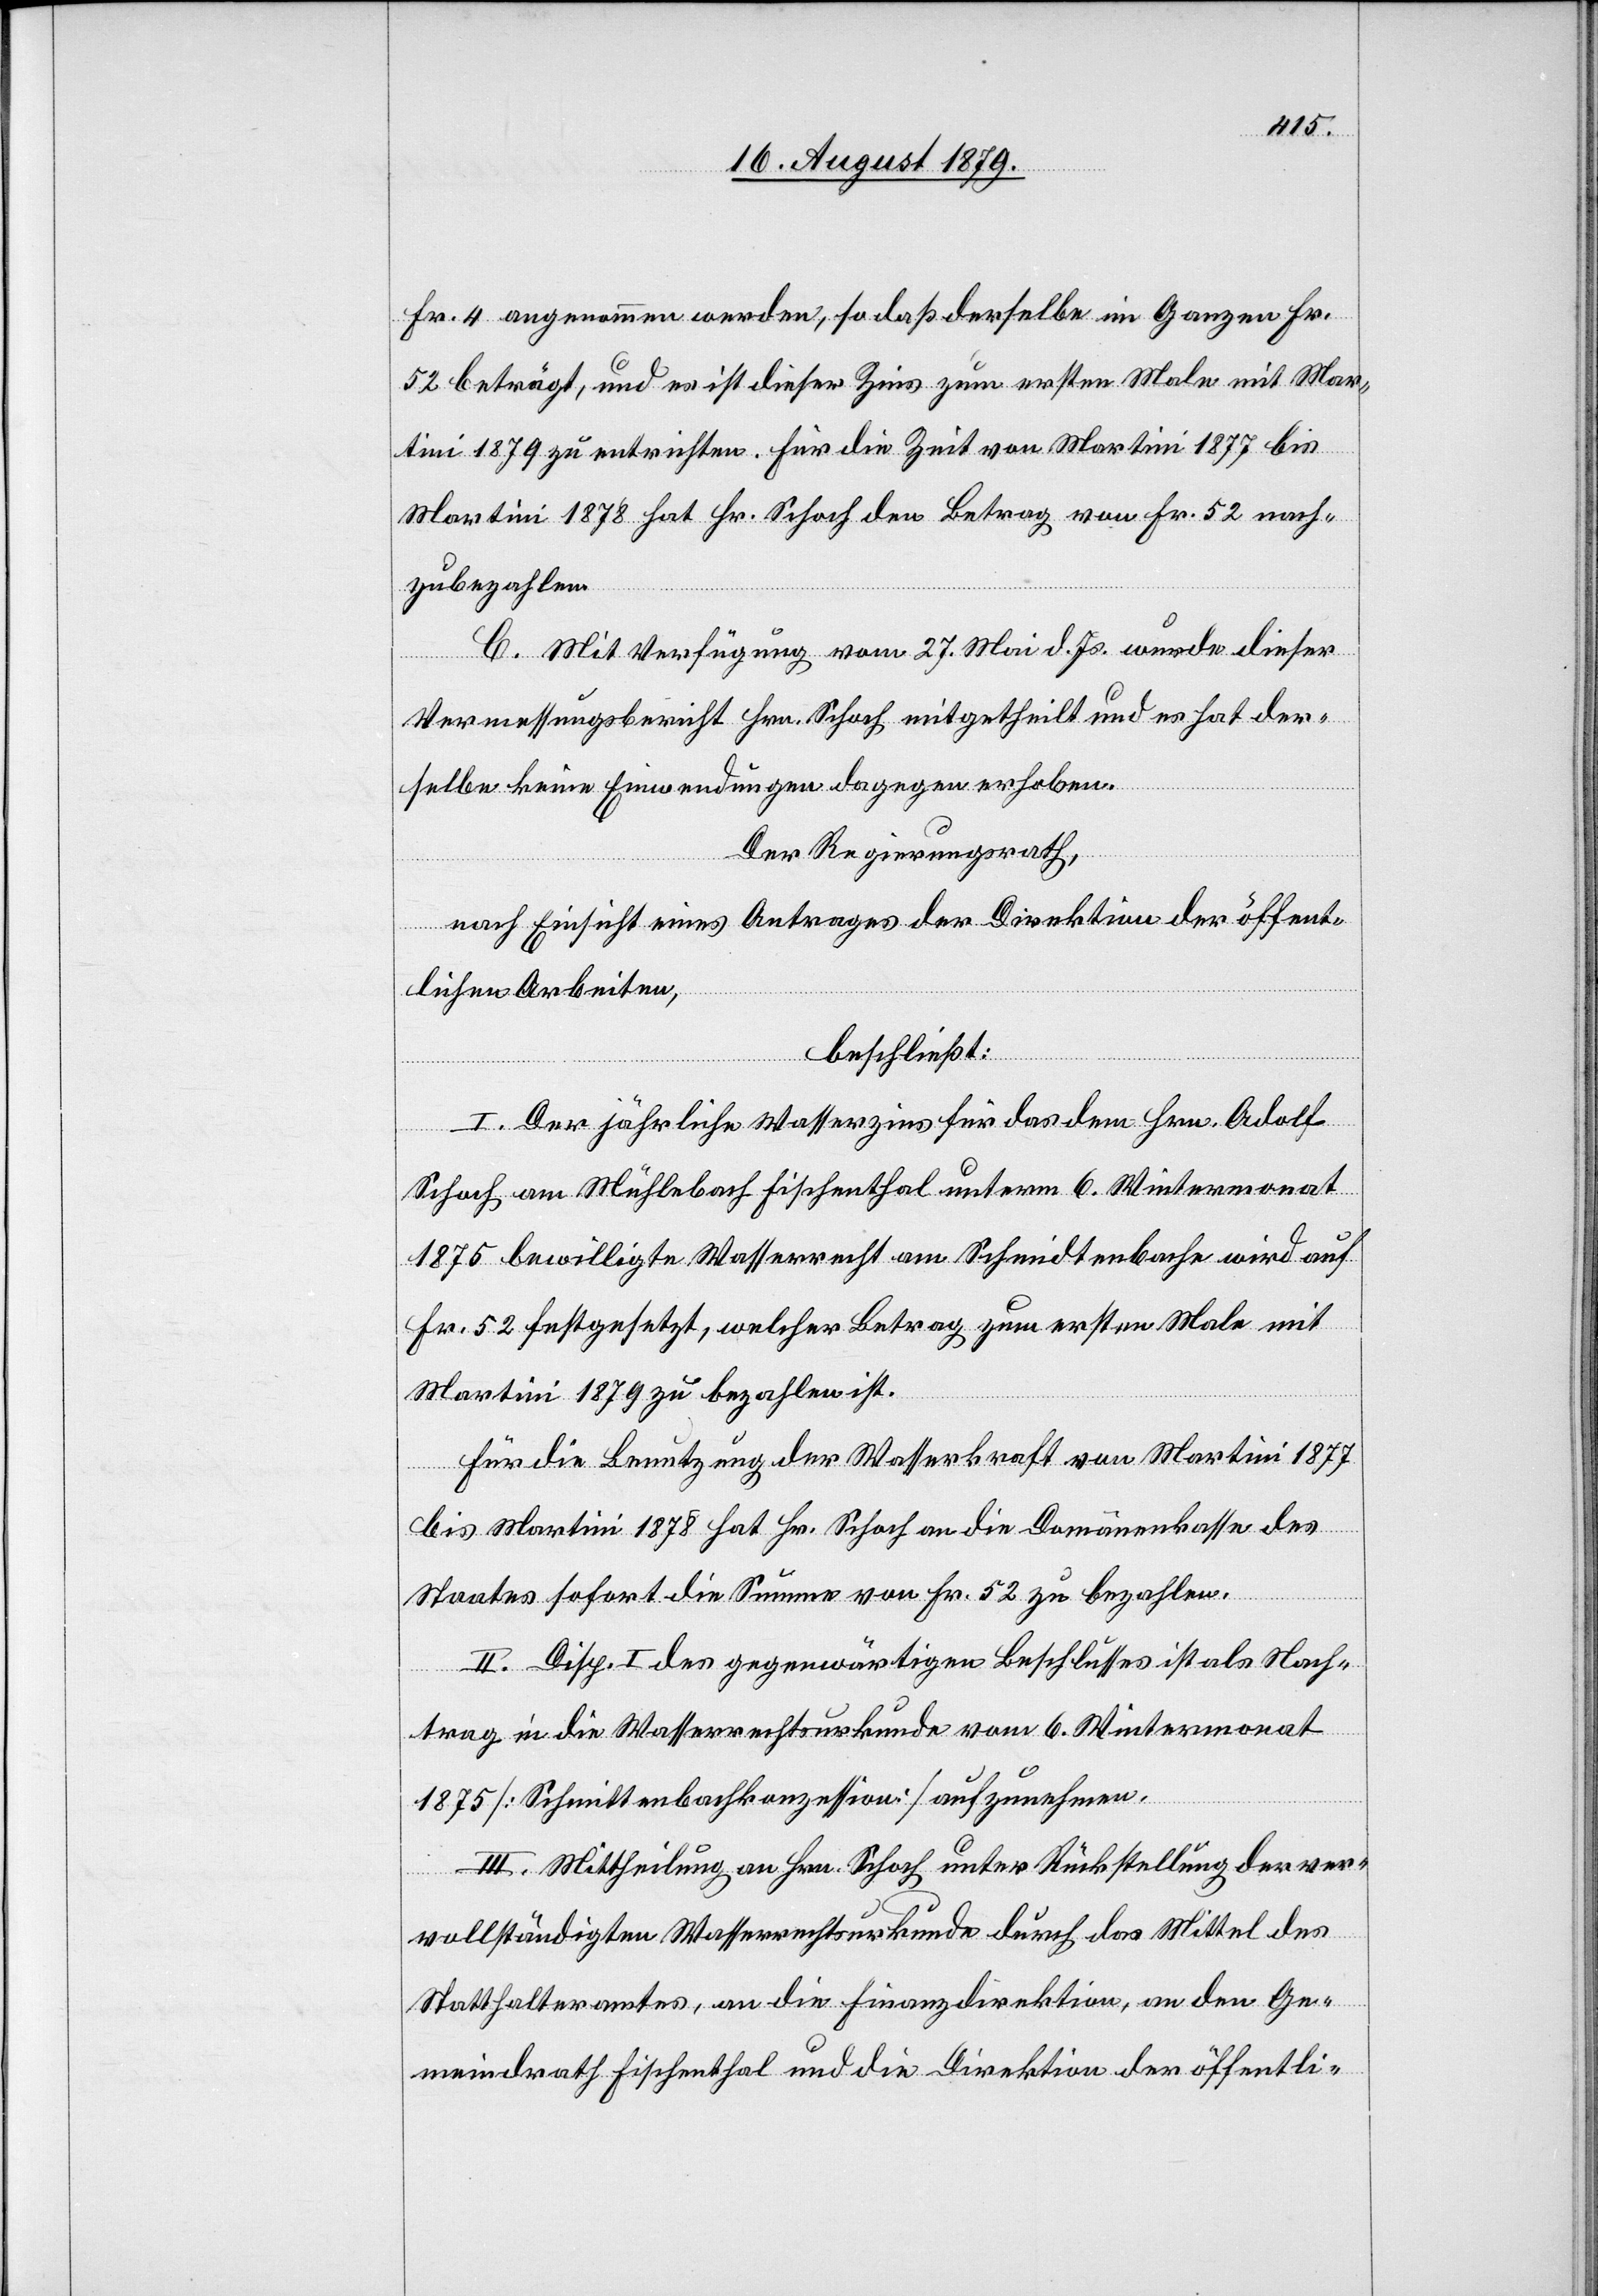
Fr. 4 angenommen werden, so daß derselbe im Ganzen Fr.
52 beträgt, und es ist dieser Zins zum ersten Male mit Mar¬
tini 1879 zu entrichten. Für die Zeit von Martini 1877 bis
Martini 1878 hat Hr. Schoch den Betrag von Fr. 52 nach¬
zubezahlen.
C. Mit Verfügung vom 27. Mai d. Js. wurde dieser
Vermessungsbericht Hrn. Schoch mitgetheilt und es hat der¬
selbe keine Einwendungen dagegen erhoben.
Der Regierungsrath,
nach Einsicht eines Antrages der Direktion der öffent¬
lichen Arbeiten,
beschließt:
I. Der jährliche Wasserzins für das dem Hrn. Adolf
Schoch am Mühlebach Fischenthal unterm 6. Wintermonat
1875 bewilligte Wasserrecht am Schmidtenbache [sic!] wird auf
Fr. 52 festgesetzt, welcher Betrag zum ersten Male mit
Martini 1879 zu bezahlen ist.
Für die Benutzung der Wasserkraft von Martini 1877
bis Martini 1878 hat Hr. Schoch an die Domänenkasse des
Staates sofort die Summe von Fr. 52 zu bezahlen.
II. Disp. I des gegenwärtigen Beschlusses ist als Nach¬
trag in die Wasserrechtsurkunde vom 6. Wintermonat
1875 [Schmittenbachkonzession] aufzunehmen.
III. Mittheilung an Hrn. Schoch unter Rückstellung der ver¬
vollständigten Wasserrechtsurkunde durch das Mittel des
Statthalteramtes, an die Finanzdirektion, an den Ge¬
meindrath Fischenthal und die Direktion der öffentli-